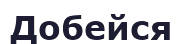
Добейся